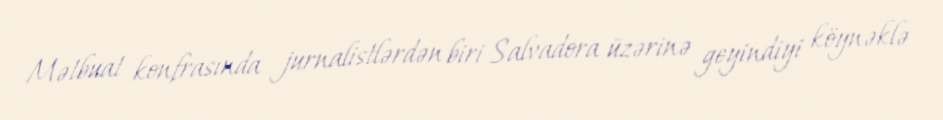
Mətbuat konfrasında jurnalistlərdən biri Salvadora üzərinə geyindiyi köynəklə